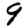
Digit: 9